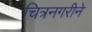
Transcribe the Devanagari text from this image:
चित्रनगरीने